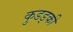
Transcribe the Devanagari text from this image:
कुडड्की